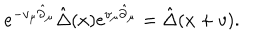
LaTeX: e ^ { - v _ { \mu } \hat { \partial } _ { \mu } } \hat { \Delta } ( x ) e ^ { v _ { \mu } \hat { \partial } _ { \mu } } = \hat { \Delta } ( x + v ) .